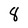
Character: 8